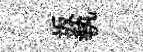
坂執